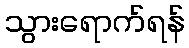
သွားရောက်ရန်